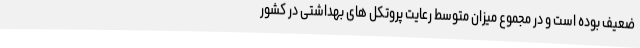
ضعیف بوده است و در مجموع میزان متوسط رعایت پروتکل های بهداشتی در کشور